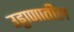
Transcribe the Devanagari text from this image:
उड्डाणातील